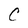
Character: C